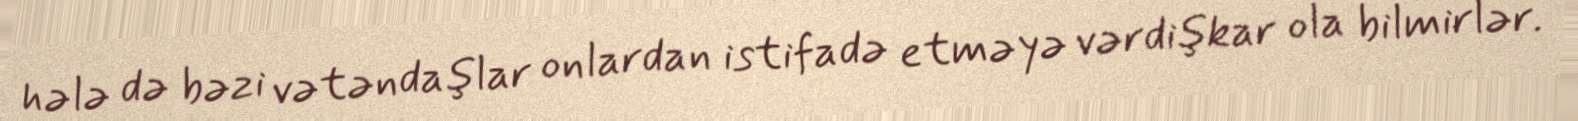
hələ də bəzi vətəndaşlar onlardan istifadə etməyə vərdişkar ola bilmirlər.